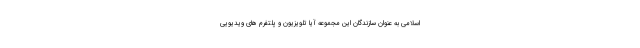
اسلامی به عنوان سازندگان این مجموعه آیا تلویزیون و پلتفرم های ویدیویی